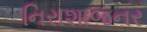
નિરાશાજનર